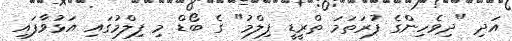
އަދި "ދިވެހިންގެ ފުރަތަމަ ތްރީޑީ ފިލްމު" ގެ ބޯޑް މި ފިލްމުގައި އަޅުވާފައި